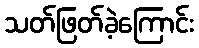
သတ်ဖြတ်ခဲ့ကြောင်း